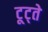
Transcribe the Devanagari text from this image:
टूट्ते